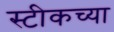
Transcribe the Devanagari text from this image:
स्टीकच्या